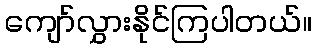
ကျော်လွှားနိုင်ကြပါတယ်။